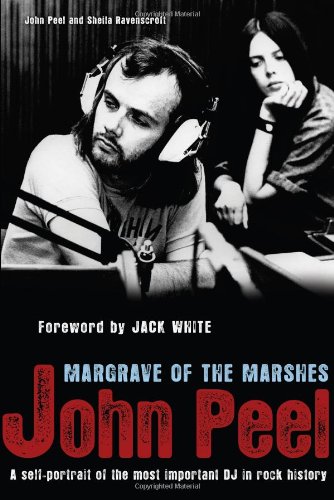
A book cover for John Peel: Margrave of the Marshes; John Peel; Humor & Entertainment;